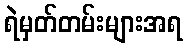
ရဲမှတ်တမ်းများအရ